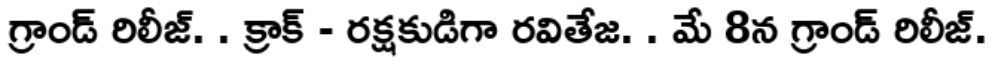
గ్రాండ్ రిలీజ్. . క్రాక్ - రక్షకుడిగా రవితేజ. . మే 8న గ్రాండ్ రిలీజ్.